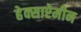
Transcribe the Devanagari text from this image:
हेक्साऐमीन